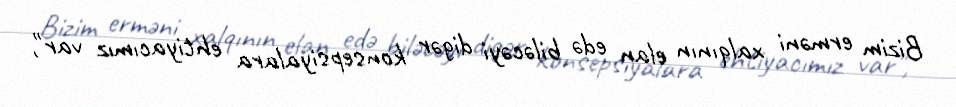
Bizim erməni xalqının elan edə biləcəyi digər konsepsiyalara ehtiyacımız var",